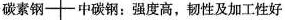
碳素钢--中碳钢：强度高，韧性及加工性好